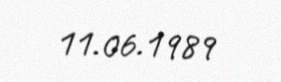
11.06.1989